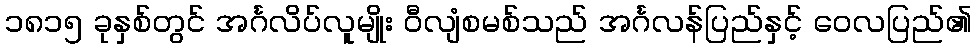
၁၈၁၅ ခုနှစ်တွင် အင်္ဂလိပ်လူမျိုး ဝီလျံစမစ်သည် အင်္ဂလန်ပြည်နှင့် ဝေလပြည်၏